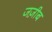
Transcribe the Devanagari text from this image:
जज़ीब